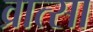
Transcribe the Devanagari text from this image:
व्रात्सा